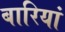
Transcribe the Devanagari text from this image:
बारियां